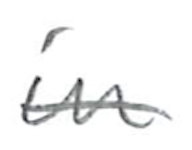
Text: in
Cross-out: single-line
Writing tool: pencil